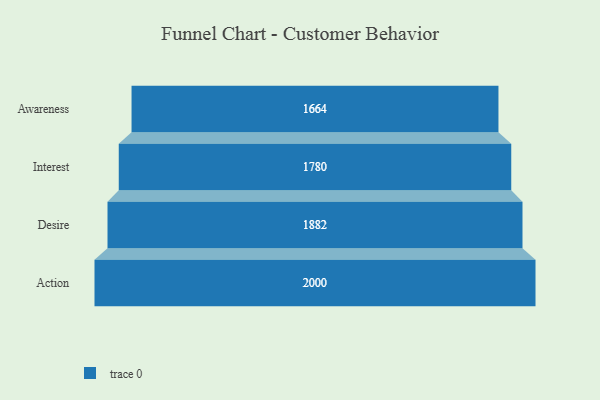
{"axis": {"x": "Stage", "y": "Value"}, "legend": [""], "data": [{"x": "Awareness", "y": 1664.0, "type": ""}, {"x": "Interest", "y": 1780.0, "type": ""}, {"x": "Desire", "y": 1882.0, "type": ""}, {"x": "Action", "y": 2000, "type": ""}]}